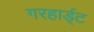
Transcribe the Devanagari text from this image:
गरहार्ड्‌ट